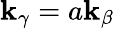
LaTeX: \mathbf{k}_{\gamma}=a\mathbf{k}_{\beta}